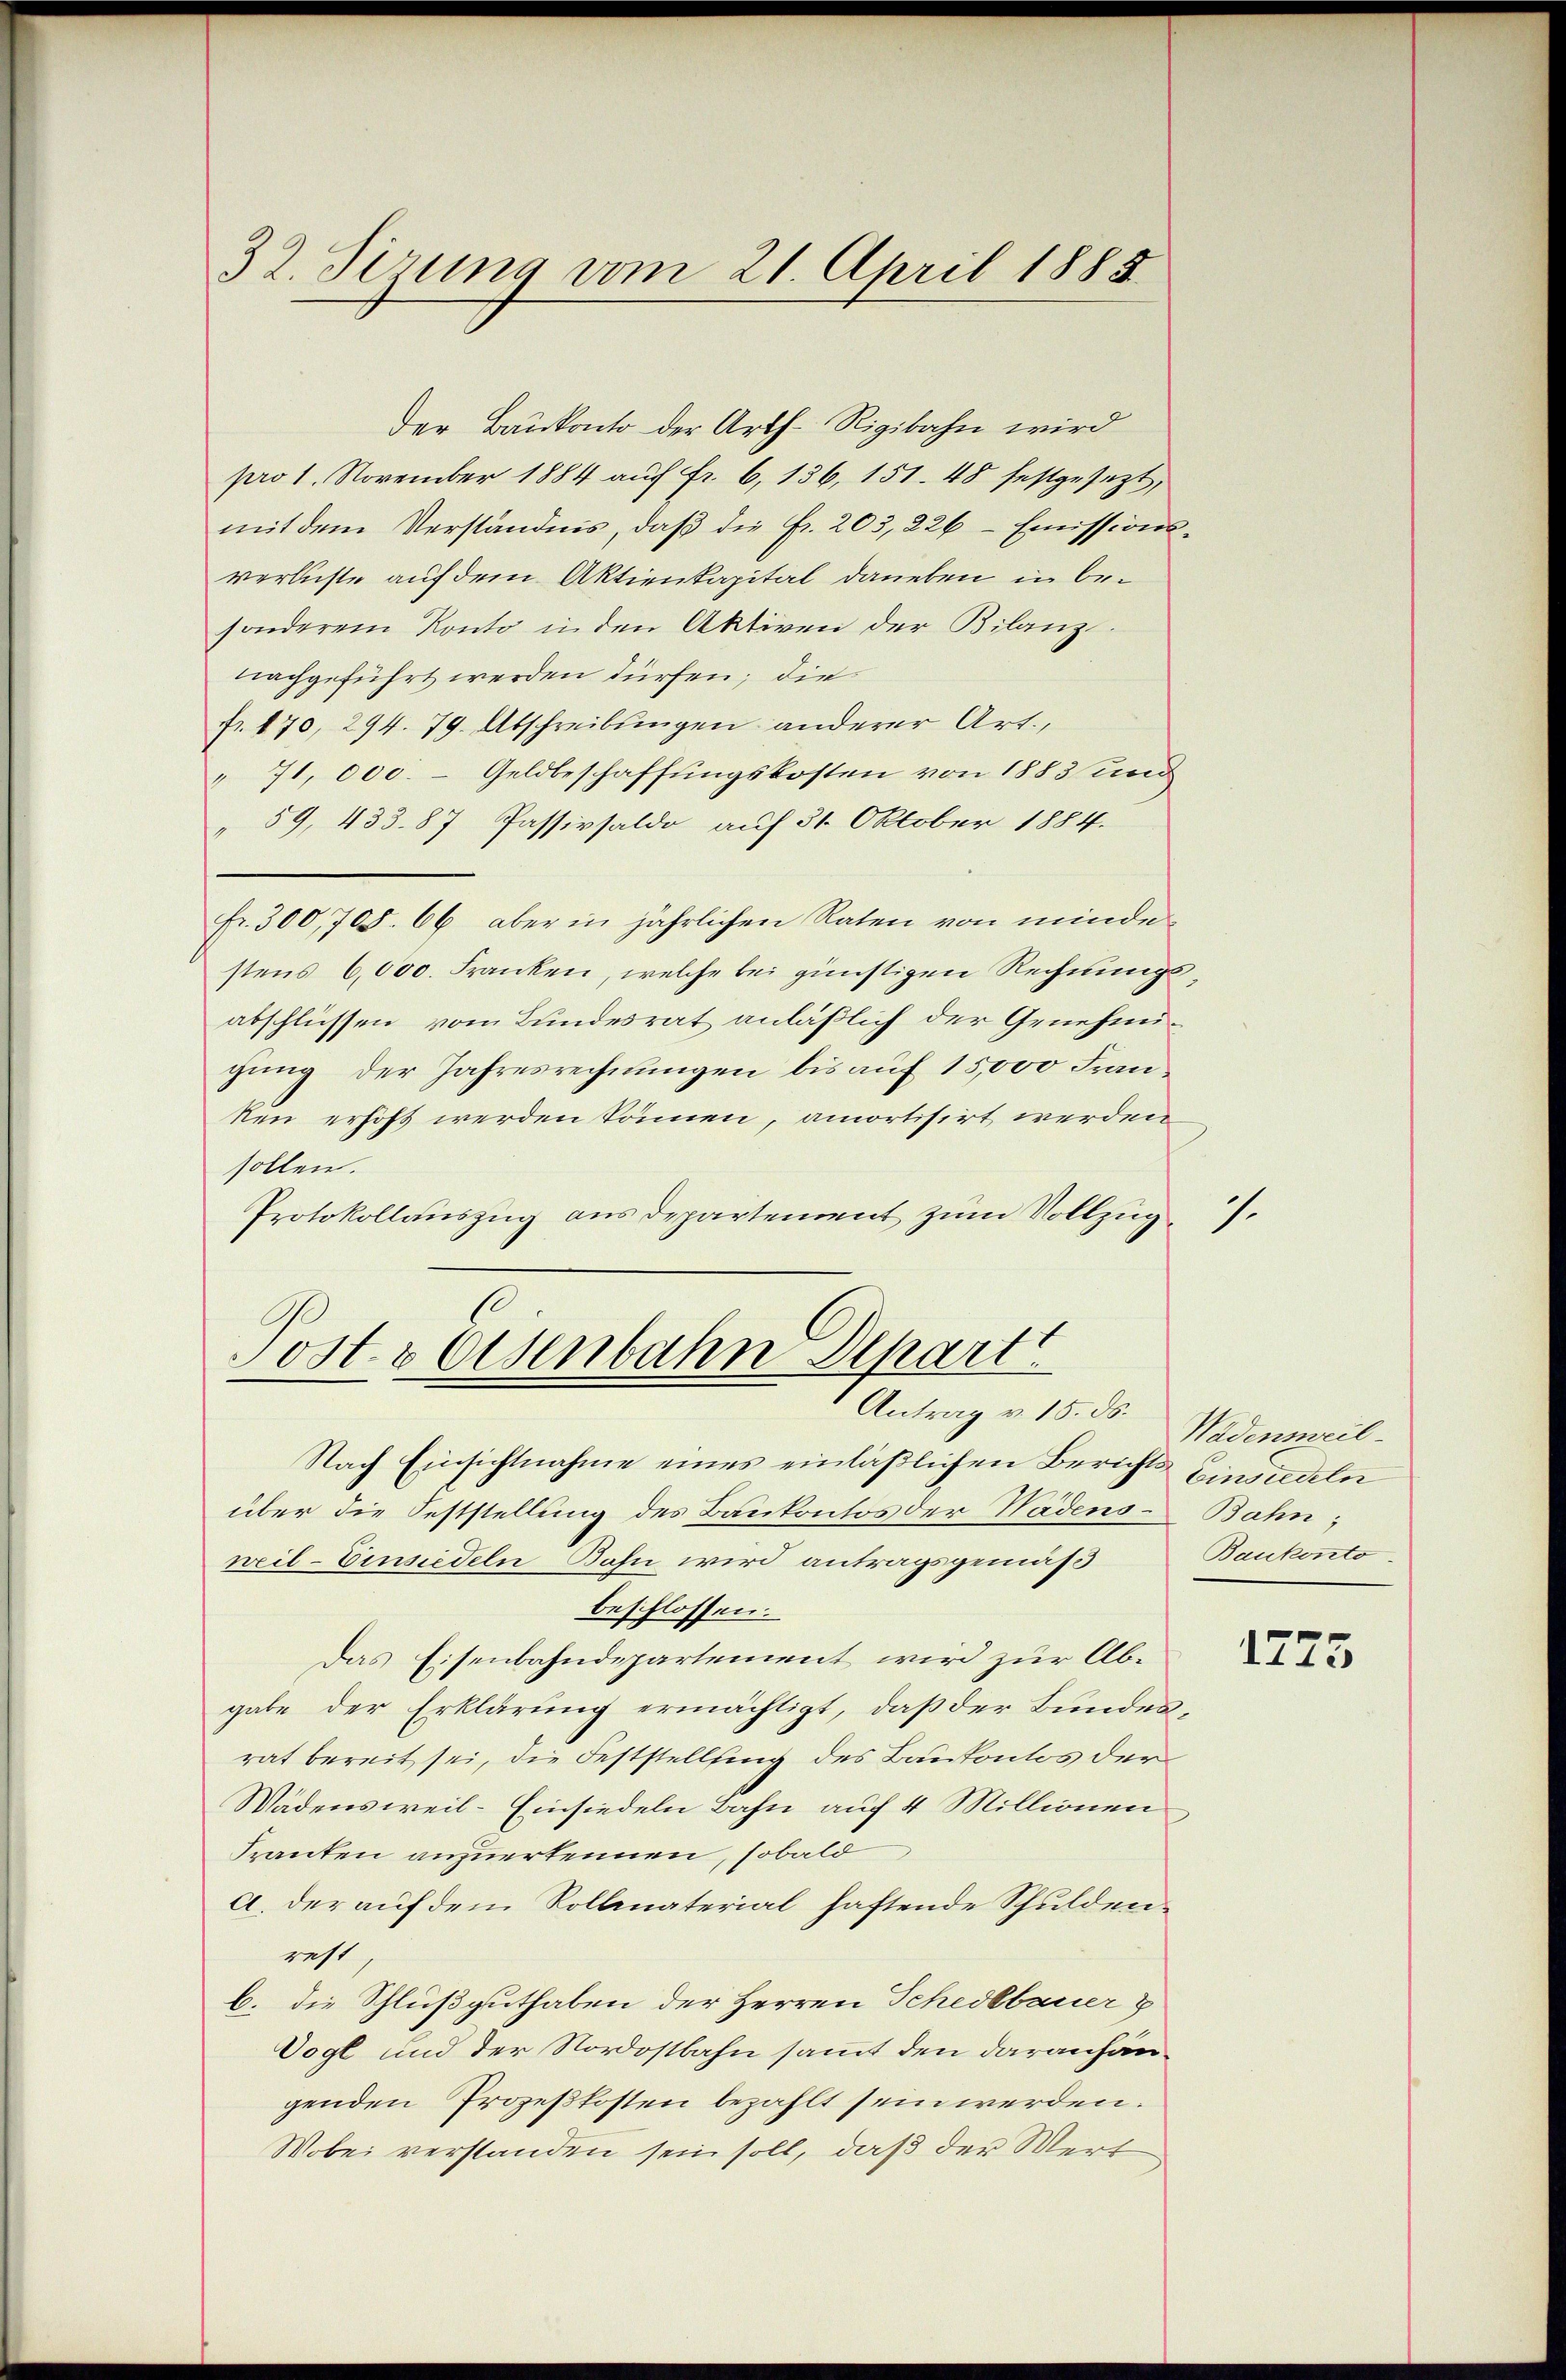
32. Sezung vom 21. April 1885

Der Baukonto der Arth-Rigibahn wird
pro 1. November 1884 auf fr. 6, 136, 151. 48 festgesezt,
mit dem Verständnis, daβ die fr. 203, 226 - Emissions-
verluste auf dem Aktienkapital daneben in besonderem Konto in den Aktiven der Bilanz.
nachgeführt werden dürfen; die
fr. 170, 294. 79. Abschreibungen anderer Art.,
" 71, 000. – Geldbeschaffungskosten von 1883 und
" 59, 433. 87 Passivsaldo auf 31. Oktober 1884.
fr. 300, 705. 66 aber in jährlichen Raten von minde
stens 6000. Franken, welche bei günstigen Rechnungsabschlüssen vom Bundesrat anläßlich der Genehmigung der Jahresrechnungen bis auf 15,000 Franken erhoft werden können, amortisirt werden
sollen.
Protokollauszug aus Departement zum Vollzug

s
Post- & Eisenbahn Depart
Antrag v. 15. ds.

Nach Einsichtnahme eines einläßlichen Berichts Einsiedeln
über die Feststellung des Baukontos der Wadens Bahn;
weil–Einsiedeln Bahn wird antragsgemäß
beschlossen.
Das Eisenbahndepartement wird zur Abgabe der Erklärung ermächtigt, daß der Bundesrat bereit sei, die Feststellfing des Baukontos der
Wädensweil–Einsiedeln Bahn auf 4 Millionen
Franten anzuerkennen, sobald
a. der auf dem Kollaterial haftende Schuldenrest
b. die Schlußguthaben der Herren Schedlbauer
Vogl und der Nordostbahn sammt den daranhängenden Prozeßkosten bezahlt sein werden.
Wobei verstanden sein soll, daß der Wert

Wädensweil
Baukonto.

1.

1773